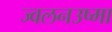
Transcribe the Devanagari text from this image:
ज्वलनउष्मा